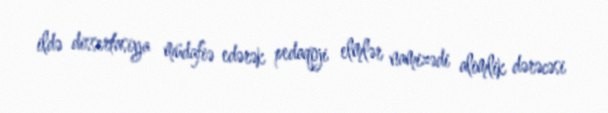
ildə dissertasiya müdafiə edərək pedaqoji elmlər namizədi alimlik dərəcəsi